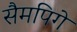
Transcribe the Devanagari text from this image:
सैमपिगे